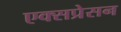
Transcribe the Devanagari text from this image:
एक्सप्रेसन